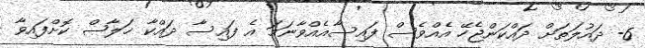
6- ދައުލަތަށް ދައްކަންޖެހޭ އެއްވެސް ފައިސާއެއްވާނަމަ އެ ފައިސާ ދައްކާ ޚަލާޞް ކޮށްފައިވާ